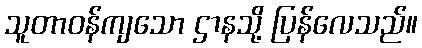
သူတာဝန်ကျသော ဌာနသို့ ပြန်လေသည်။